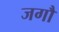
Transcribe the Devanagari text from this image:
जगौ